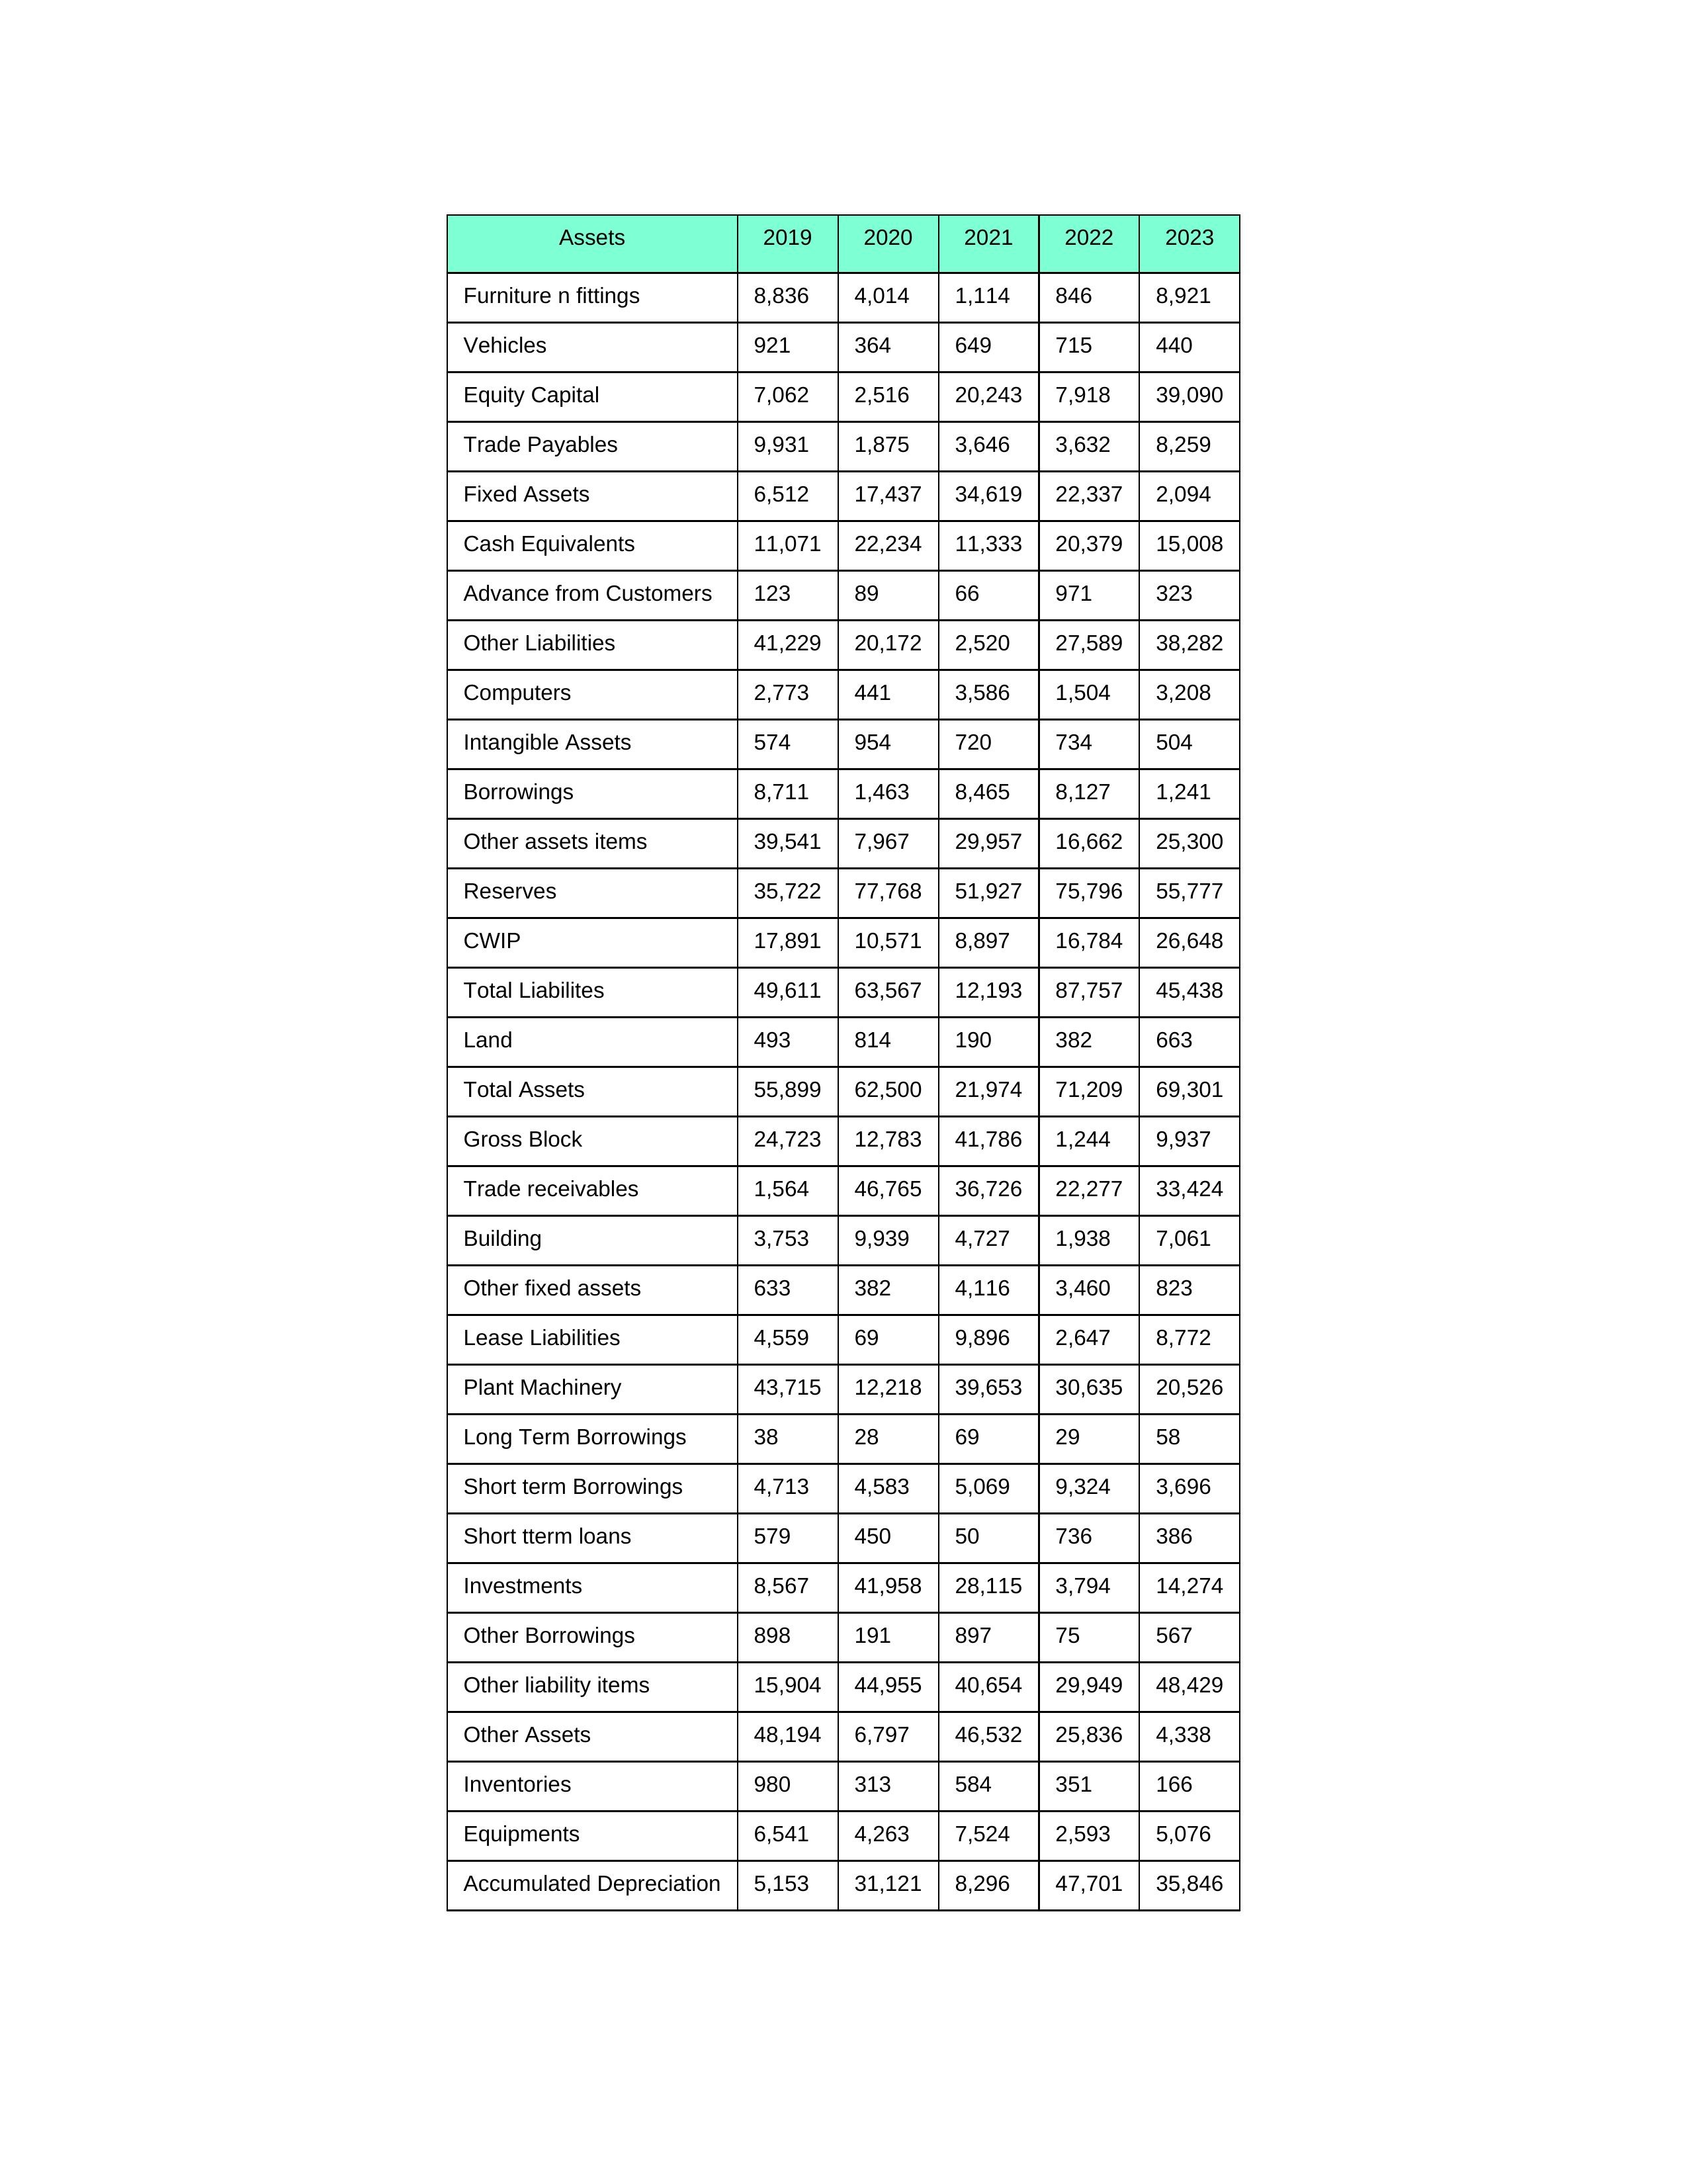
gt_parse: 2019: Equity Capital: 7,062
Reserves: 35,722
Borrowings: 8,711
Long Term Borrowings: 38
Short term Borrowings: 4,713
Lease Liabilities: 4,559
Other Borrowings: 898
Other Liabilities: 41,229
Trade Payables: 9,931
Advance from Customers: 123
Other liability items: 15,904
Total Liabilites: 49,611
Fixed Assets: 6,512
Land: 493
Building: 3,753
Plant Machinery: 43,715
Equipments: 6,541
Computers: 2,773
Furniture n fittings: 8,836
Vehicles: 921
Intangible Assets: 574
Other fixed assets: 633
Gross Block: 24,723
Accumulated Depreciation: 5,153
CWIP: 17,891
Investments: 8,567
Other Assets: 48,194
Inventories: 980
Trade receivables: 1,564
Cash Equivalents: 11,071
Short tterm loans: 579
Other assets items: 39,541
Total Assets: 55,899
2020: Equity Capital: 2,516
Reserves: 77,768
Borrowings: 1,463
Long Term Borrowings: 28
Short term Borrowings: 4,583
Lease Liabilities: 69
Other Borrowings: 191
Other Liabilities: 20,172
Trade Payables: 1,875
Advance from Customers: 89
Other liability items: 44,955
Total Liabilites: 63,567
Fixed Assets: 17,437
Land: 814
Building: 9,939
Plant Machinery: 12,218
Equipments: 4,263
Computers: 441
Furniture n fittings: 4,014
Vehicles: 364
Intangible Assets: 954
Other fixed assets: 382
Gross Block: 12,783
Accumulated Depreciation: 31,121
CWIP: 10,571
Investments: 41,958
Other Assets: 6,797
Inventories: 313
Trade receivables: 46,765
Cash Equivalents: 22,234
Short tterm loans: 450
Other assets items: 7,967
Total Assets: 62,500
2021: Equity Capital: 20,243
Reserves: 51,927
Borrowings: 8,465
Long Term Borrowings: 69
Short term Borrowings: 5,069
Lease Liabilities: 9,896
Other Borrowings: 897
Other Liabilities: 2,520
Trade Payables: 3,646
Advance from Customers: 66
Other liability items: 40,654
Total Liabilites: 12,193
Fixed Assets: 34,619
Land: 190
Building: 4,727
Plant Machinery: 39,653
Equipments: 7,524
Computers: 3,586
Furniture n fittings: 1,114
Vehicles: 649
Intangible Assets: 720
Other fixed assets: 4,116
Gross Block: 41,786
Accumulated Depreciation: 8,296
CWIP: 8,897
Investments: 28,115
Other Assets: 46,532
Inventories: 584
Trade receivables: 36,726
Cash Equivalents: 11,333
Short tterm loans: 50
Other assets items: 29,957
Total Assets: 21,974
2022: Equity Capital: 7,918
Reserves: 75,796
Borrowings: 8,127
Long Term Borrowings: 29
Short term Borrowings: 9,324
Lease Liabilities: 2,647
Other Borrowings: 75
Other Liabilities: 27,589
Trade Payables: 3,632
Advance from Customers: 971
Other liability items: 29,949
Total Liabilites: 87,757
Fixed Assets: 22,337
Land: 382
Building: 1,938
Plant Machinery: 30,635
Equipments: 2,593
Computers: 1,504
Furniture n fittings: 846
Vehicles: 715
Intangible Assets: 734
Other fixed assets: 3,460
Gross Block: 1,244
Accumulated Depreciation: 47,701
CWIP: 16,784
Investments: 3,794
Other Assets: 25,836
Inventories: 351
Trade receivables: 22,277
Cash Equivalents: 20,379
Short tterm loans: 736
Other assets items: 16,662
Total Assets: 71,209
2023: Equity Capital: 39,090
Reserves: 55,777
Borrowings: 1,241
Long Term Borrowings: 58
Short term Borrowings: 3,696
Lease Liabilities: 8,772
Other Borrowings: 567
Other Liabilities: 38,282
Trade Payables: 8,259
Advance from Customers: 323
Other liability items: 48,429
Total Liabilites: 45,438
Fixed Assets: 2,094
Land: 663
Building: 7,061
Plant Machinery: 20,526
Equipments: 5,076
Computers: 3,208
Furniture n fittings: 8,921
Vehicles: 440
Intangible Assets: 504
Other fixed assets: 823
Gross Block: 9,937
Accumulated Depreciation: 35,846
CWIP: 26,648
Investments: 14,274
Other Assets: 4,338
Inventories: 166
Trade receivables: 33,424
Cash Equivalents: 15,008
Short tterm loans: 386
Other assets items: 25,300
Total Assets: 69,301